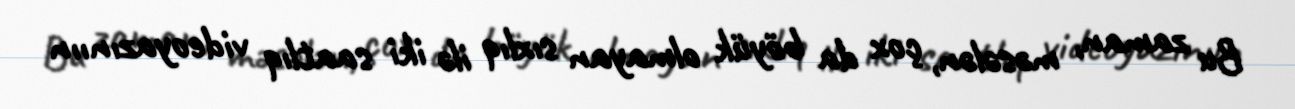
Bu zaman, məsələn, çox da böyük olmayan sıxlıq ilə iki saatlıq videoyazınıın